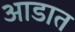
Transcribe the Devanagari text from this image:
आडात